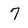
Character: 7